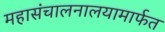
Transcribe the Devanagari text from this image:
महासंचालनालयामार्फत